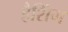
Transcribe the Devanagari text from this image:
हैशिंग